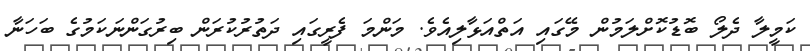
ކަމީލާ ދެލޯ ބޮޑުކޮށްލަމުން މޭގައި އަތްއަޅާލިއެވެ. މަންމަ ފެރީގައި ދަތުރުކުރަން ބިރުގަންނަކަމުގެ ބަހަނާ